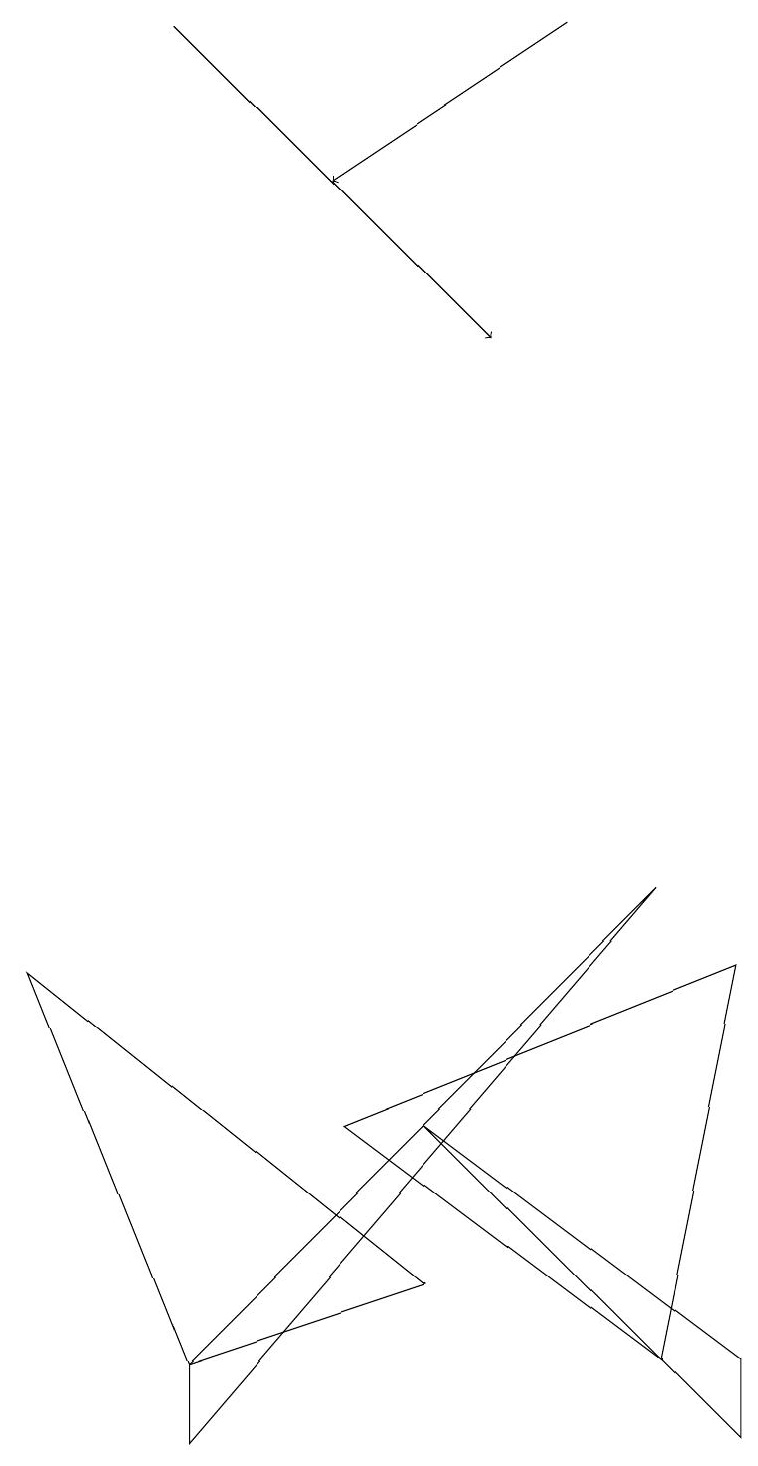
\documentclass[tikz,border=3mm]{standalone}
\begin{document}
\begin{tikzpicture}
\draw[->] (2,19) -- (6,15);
\draw (9,2) -- (9,1) -- (5,5) -- cycle;
\draw (0,7) -- (2,2) -- (5,3) -- cycle;
\draw (8,2) -- (4,5) -- (9,7) -- cycle;
\draw (8,8) -- (2,1) -- (2,2) -- cycle;
\draw[->] (7,19) -- (4,17);
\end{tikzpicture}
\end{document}